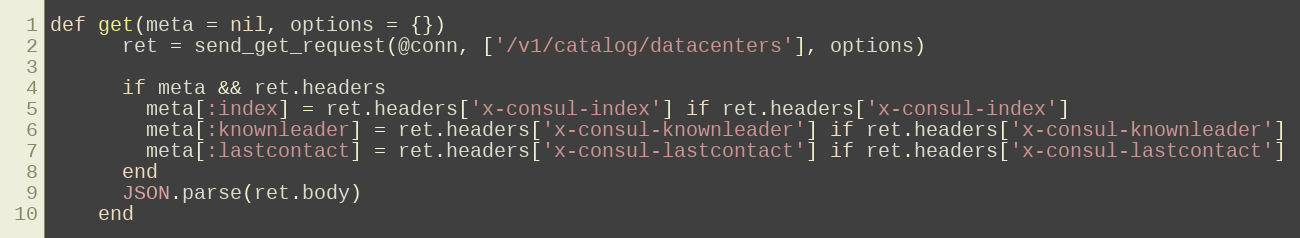
Language: Ruby
def get(meta = nil, options = {})
      ret = send_get_request(@conn, ['/v1/catalog/datacenters'], options)

      if meta && ret.headers
        meta[:index] = ret.headers['x-consul-index'] if ret.headers['x-consul-index']
        meta[:knownleader] = ret.headers['x-consul-knownleader'] if ret.headers['x-consul-knownleader']
        meta[:lastcontact] = ret.headers['x-consul-lastcontact'] if ret.headers['x-consul-lastcontact']
      end
      JSON.parse(ret.body)
    end